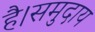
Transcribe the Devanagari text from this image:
है।समुदाय